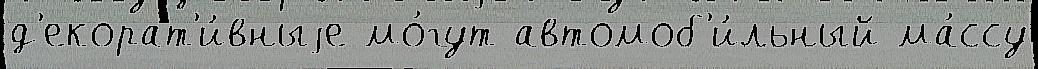
д'екорат'и́вныjе мо́гут автомоб'и́льный ма́ссу